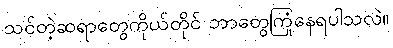
သင်တဲ့ဆရာတွေကိုယ်တိုင် ဘာတွေကြုံနေရပါသလဲ။